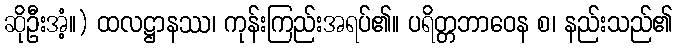
ဆိုဦးအံ့။) ထလဋ္ဌာနဿ၊ ကုန်းကြည်းအရပ်၏။ ပရိတ္တဘာဝေန စ၊ နည်းသည်၏